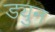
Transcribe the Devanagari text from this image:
ड्युन